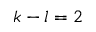
k - l = 2